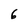
Character: 6